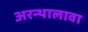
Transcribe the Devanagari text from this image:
अरन्थालावा